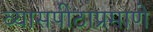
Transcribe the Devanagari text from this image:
व्यासपीठाप्रमाणे